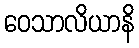
ဝေသာလိယာနိ